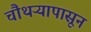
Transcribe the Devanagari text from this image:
चौथऱ्यापासून